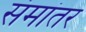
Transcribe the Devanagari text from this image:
संमांतर